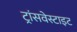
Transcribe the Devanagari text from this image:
ट्रांसवेस्टाइट